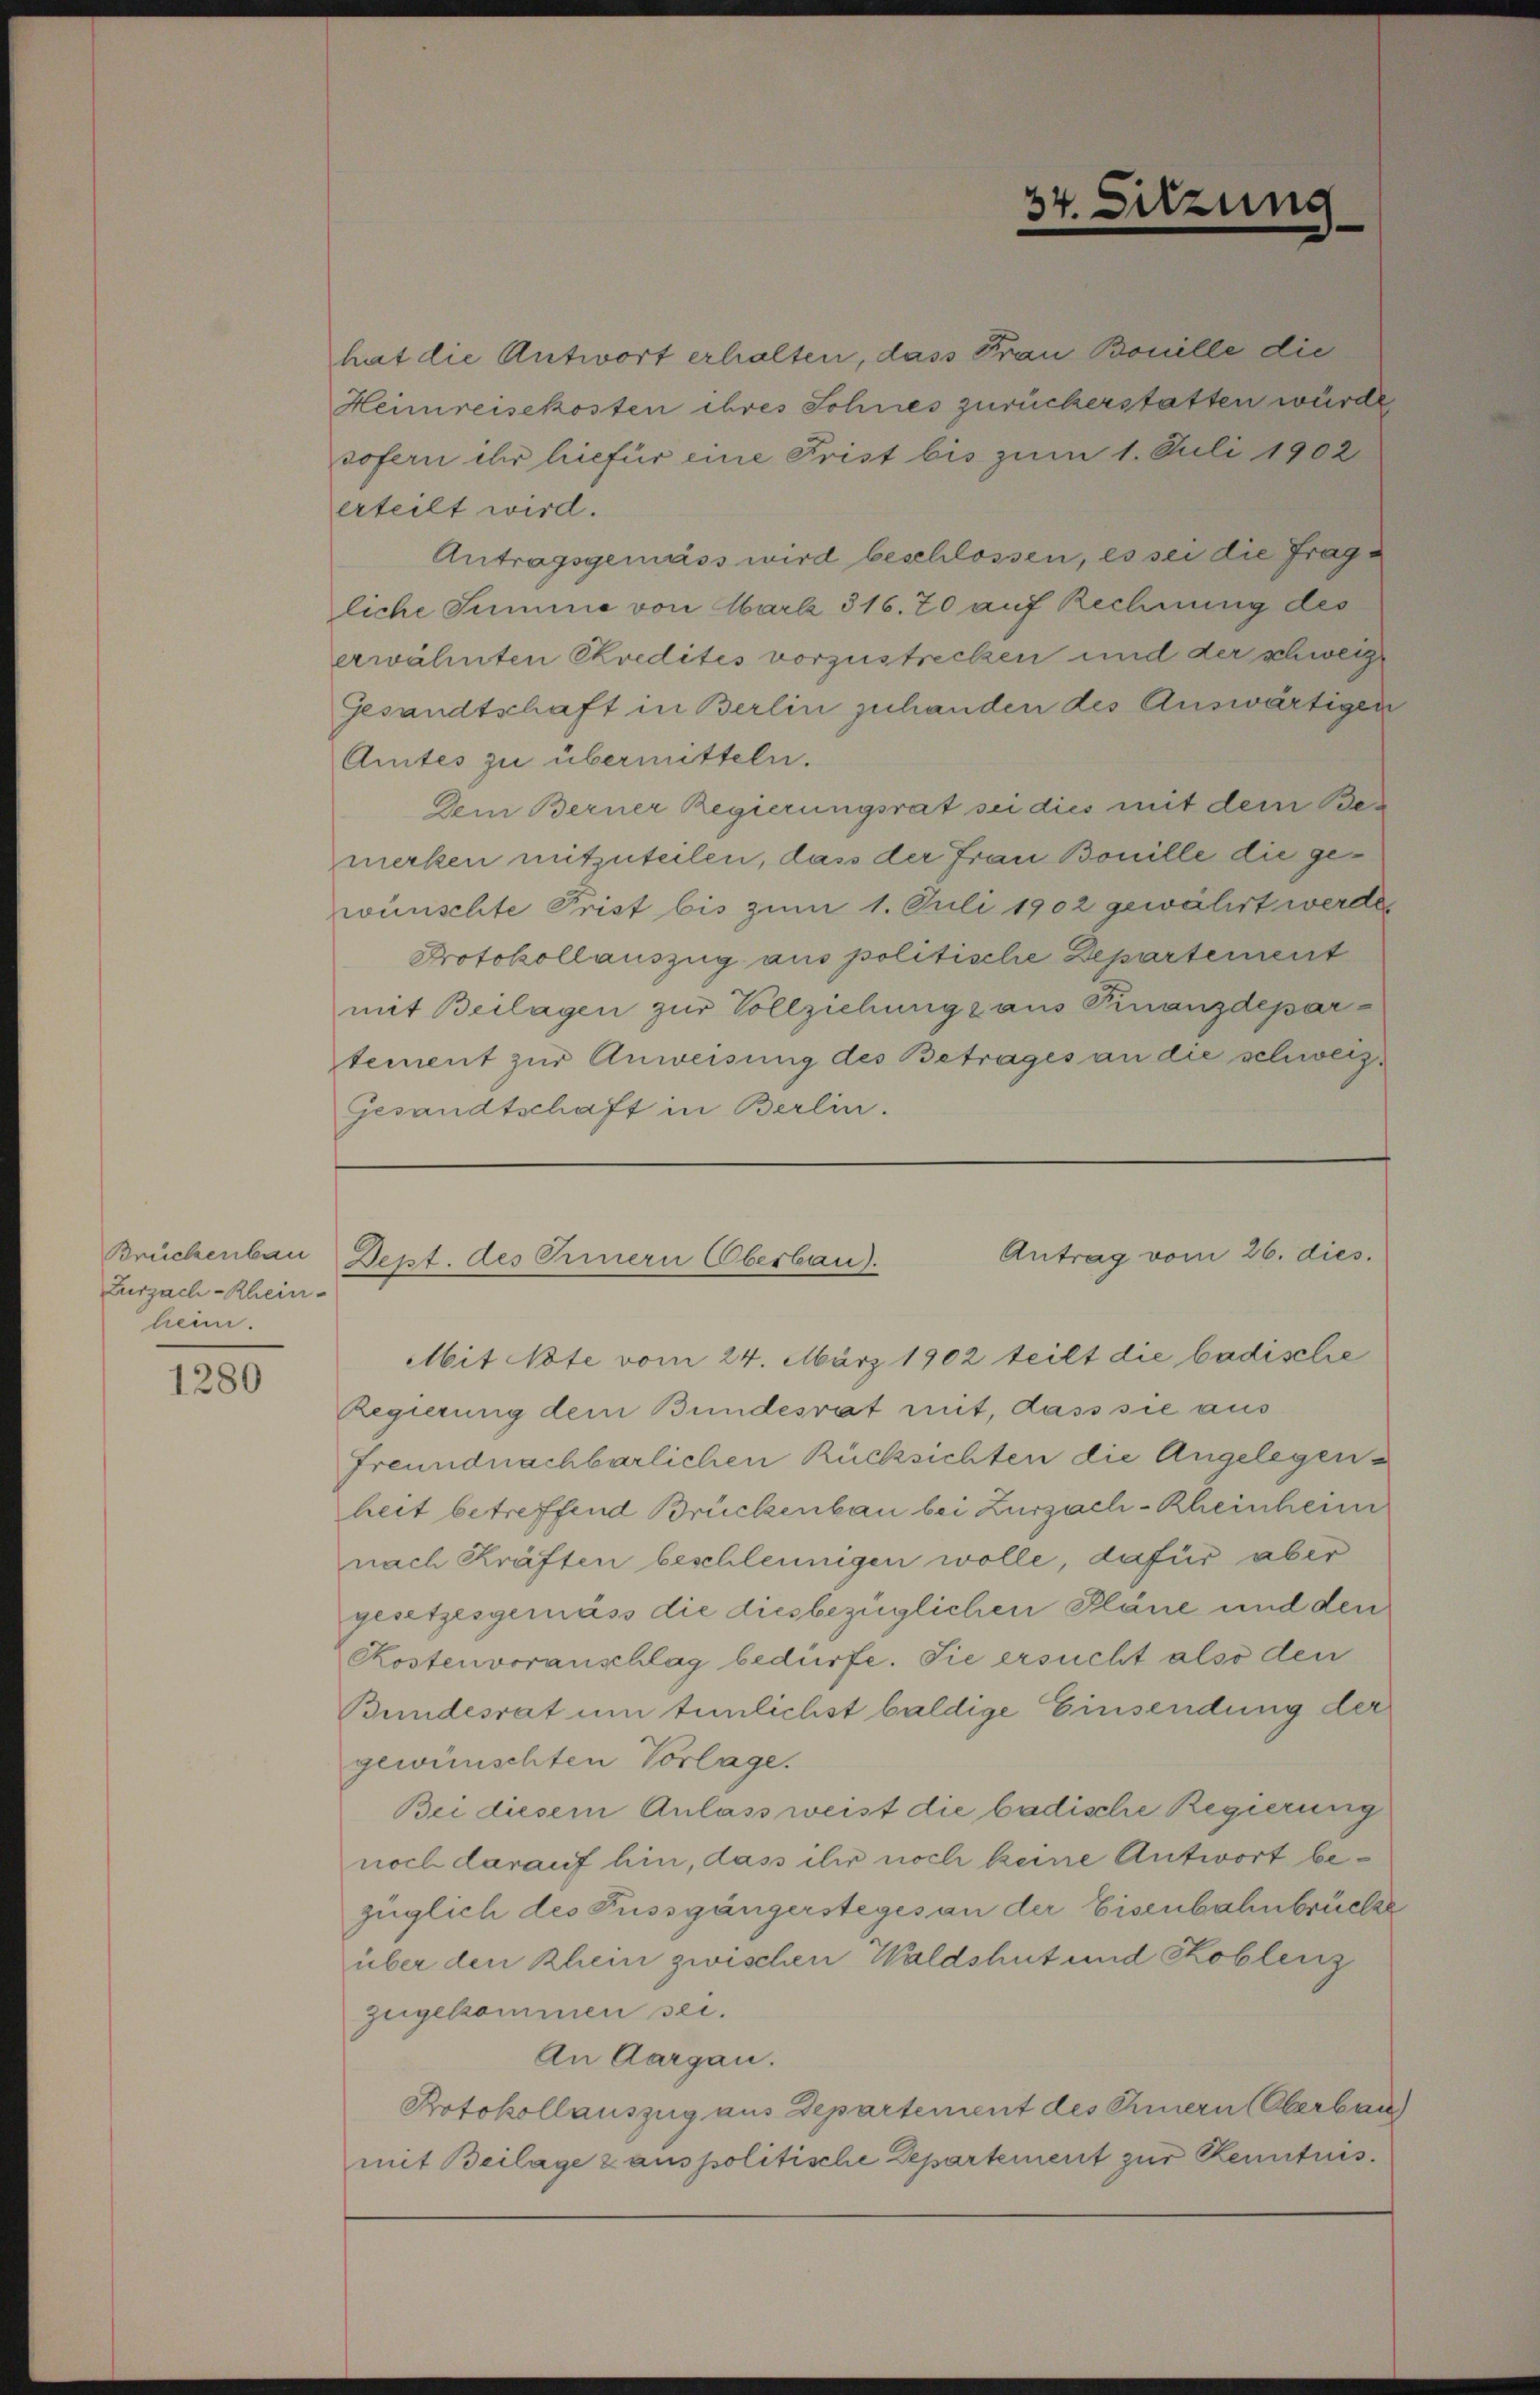
Brückenbau
Zurzach-Rhein-
heim.

1280

34.

sitzung

hat die Antwort erhalten, dass Frau Bouille die
Heimreisekosten ihres Sohnes zurückerstatten würde
sofern ihr hiefür eine Frist bis zum 1. Juli 1902
erteilt wird.
Antragsgemäss wird beschlossen, es sei die Frage
liche Summe von Mark 316. 70 auf Rechnung des
erwähnten Skredites vorzustrecken und der schweiz
Gesandtschaft in Berlin zuhanden des Auswärtigen
Amtes zu übermitteln.
Dem Berner Regierungsrat sei dies mit dem Bemerken mitzuteilen, dass der Frau Bonille die gewünschte Frist bis zum 1. Juli 1902 gewährt werden
Protokollauszug aus politische Departement
mit Beilagen zur Vollziehunge aus Finanzdepartement zur Anweisung des Betrages an die schweiz¬
Gesandtschaft in Berlin.

Antrag vom 26. dies
Dept. des Innern (Oberbau).

Mit Note vom 24. März 1902 teilt die badische
Regierung dem Bundesrat mit, dass sie aus
freundnachbarlichen Rücksichten die Angelegenheit betreffend Brückenbau bei Zurzach-Rheinheim
nach Kräften beschleunigen wolle, dafür aber
gesetzesgemäss die diesbezüglichen Pläne und den
Kostenvoranschlag bedürfe. Sie ersucht also den
Bundesrat um tunlichst baldige Einsendung der
gewünschten Vorlage.
Bei diesem Anlass weist die badische Regierung
noch darauf hin, dass ihr noch keine Antwort bezüglich des Fussgängersteges an der Eisenbahnbrücke
über den Rhein zwischen Waldshut und Koblenz
zugekommen sei.
An Aargau.
Protokollauszug aus Departement des Chinern (Oberbau
mit Beilage zanspolitische Departement zur Kenntnis.